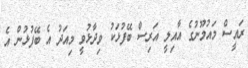
ރައީސް މައުމޫނުގެ އާއިލީ އަރިސް ބޭފުޅަކު ވިދާޅުވީ މިއަދު އެ ބޭފުޅުން އެ